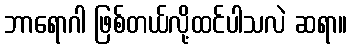
ဘာရောဂါ ဖြစ်တယ်လို့ထင်ပါသလဲ ဆရာ။